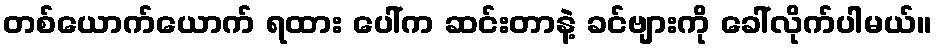
တစ်ယောက်ယောက် ရထား ပေါ်က ဆင်းတာနဲ့ ခင်ဗျားကို ခေါ်လိုက်ပါမယ်။